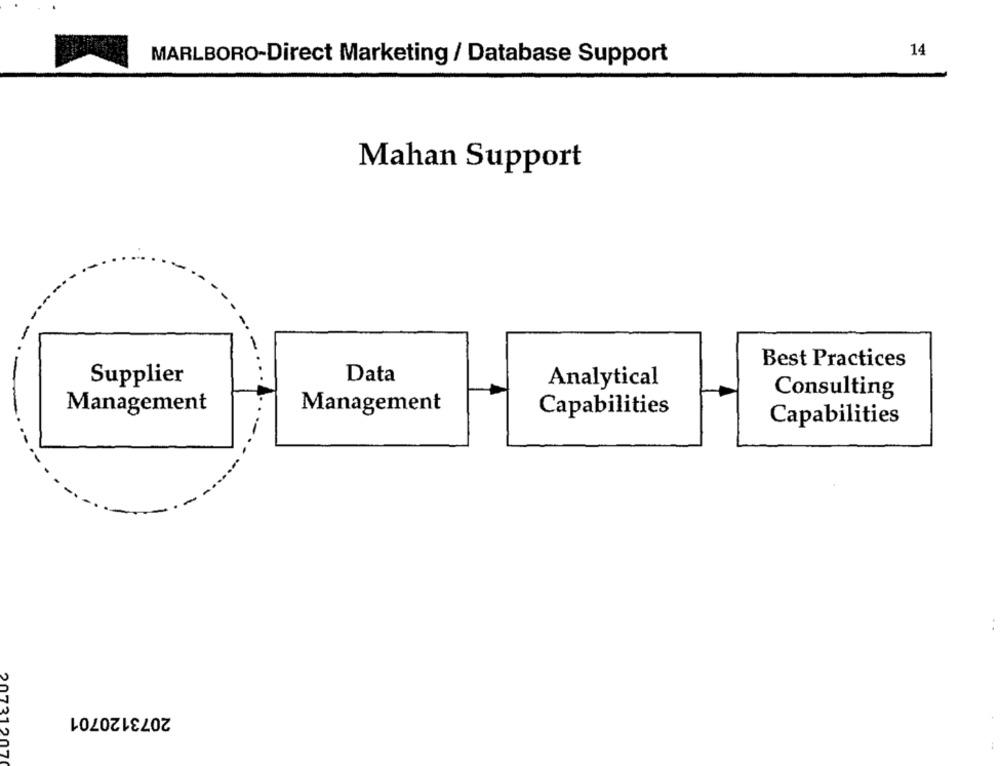
14
MARLBORO-Direct Marketing / Database Support
Mahan Support
Best Practices
Supplier
Data
Analytical
Consulting
Management
Management
Capabilities
Capabilities
2073120701
20731207